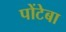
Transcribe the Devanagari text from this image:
पोंटेबा